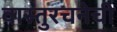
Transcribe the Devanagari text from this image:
वास्तुरचनेची